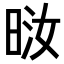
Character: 𪰤